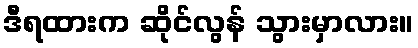
ဒီရထားက ဆိုင်လွန် သွားမှာလား။